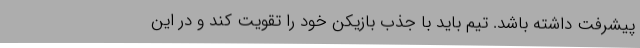
پیشرفت داشته باشد. تیم باید با جذب بازیکن خود را تقویت کند و در این